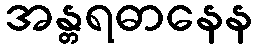
အန္တရဓာနေန